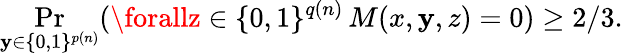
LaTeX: \Pr_{\mathbf{y}\in\{ 0,1\} ^{p(n)}}(\forallz\in\{ 0,1\} ^{q(n)}\, M(x,\mathbf{y},z)=0)\geq2/3.